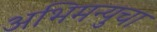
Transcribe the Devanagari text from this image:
अभिमन्युचा